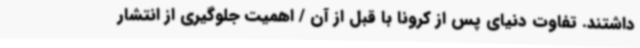
داشتند. تفاوت دنیای پس از کرونا با قبل از آن / اهمیت جلوگیری از انتشار